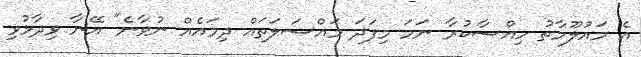
އެ މައުލޫމާތު ހިއްސާކުރާ ނަމަ މިފަދަ މައްސަލަތައް ދިމައެއް ނުވާނެ" އޭނާ ވިދާޅުވި